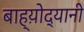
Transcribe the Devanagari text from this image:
बाह्य़ोद्यानी